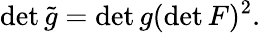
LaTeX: \operatorname*{det}{\tilde{g}}=\operatorname*{det}g(\operatorname*{det}F)^{2}.